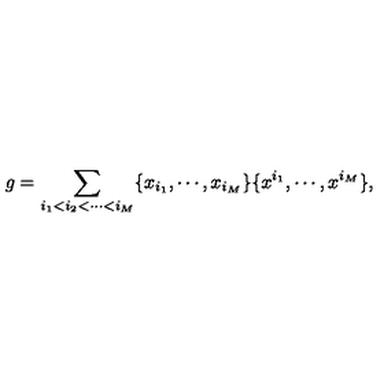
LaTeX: g = \sum _ { i _ { 1 } < i _ { 2 } < \cdots < i _ { M } } \{ x _ { i _ { 1 } } , \cdots , x _ { i _ { M } } \} \{ x ^ { i _ { 1 } } , \cdots , x ^ { i _ { M } } \} ,